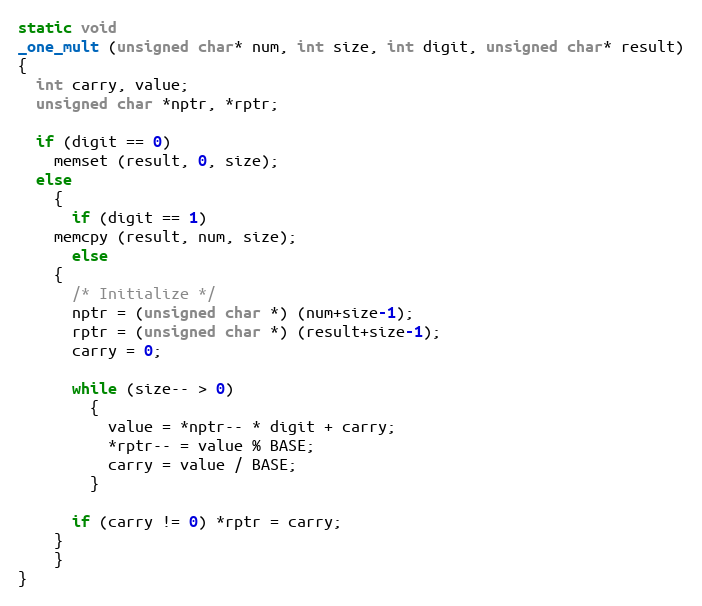
Language: C++
static void
_one_mult (unsigned char* num, int size, int digit, unsigned char* result)
{
  int carry, value;
  unsigned char *nptr, *rptr;

  if (digit == 0)
    memset (result, 0, size);
  else
    {
      if (digit == 1)
	memcpy (result, num, size);
      else
	{
	  /* Initialize */
	  nptr = (unsigned char *) (num+size-1);
	  rptr = (unsigned char *) (result+size-1);
	  carry = 0;

	  while (size-- > 0)
	    {
	      value = *nptr-- * digit + carry;
	      *rptr-- = value % BASE;
	      carry = value / BASE;
	    }

	  if (carry != 0) *rptr = carry;
	}
    }
}